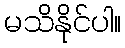
မသိနိုင်ပါ။